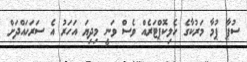
ސުޕާ ޕުމާ މަރުކާގެ ހެލިކޮޕްޓަރެއް ވެސް ވަނީ މިދިޔަ އަަހަރު އެ ސަރަހައްދަށް